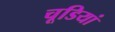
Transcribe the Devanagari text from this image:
चूडियां